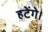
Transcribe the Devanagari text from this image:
हटेंगे।